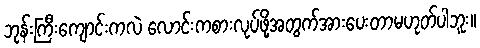
ဘုန်းကြီးကျောင်းကလဲ လောင်းကစားလုပ်ဖို့အတွက်အားပေးတာမဟုတ်ပါဘူး။